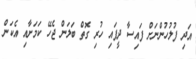
އަދި ފުލުހުންނަށް ފައިސާ ދީފައި ހުރި ގޮތް ބަލަން ޖެހޭ ކަމަށާއި އެކަން